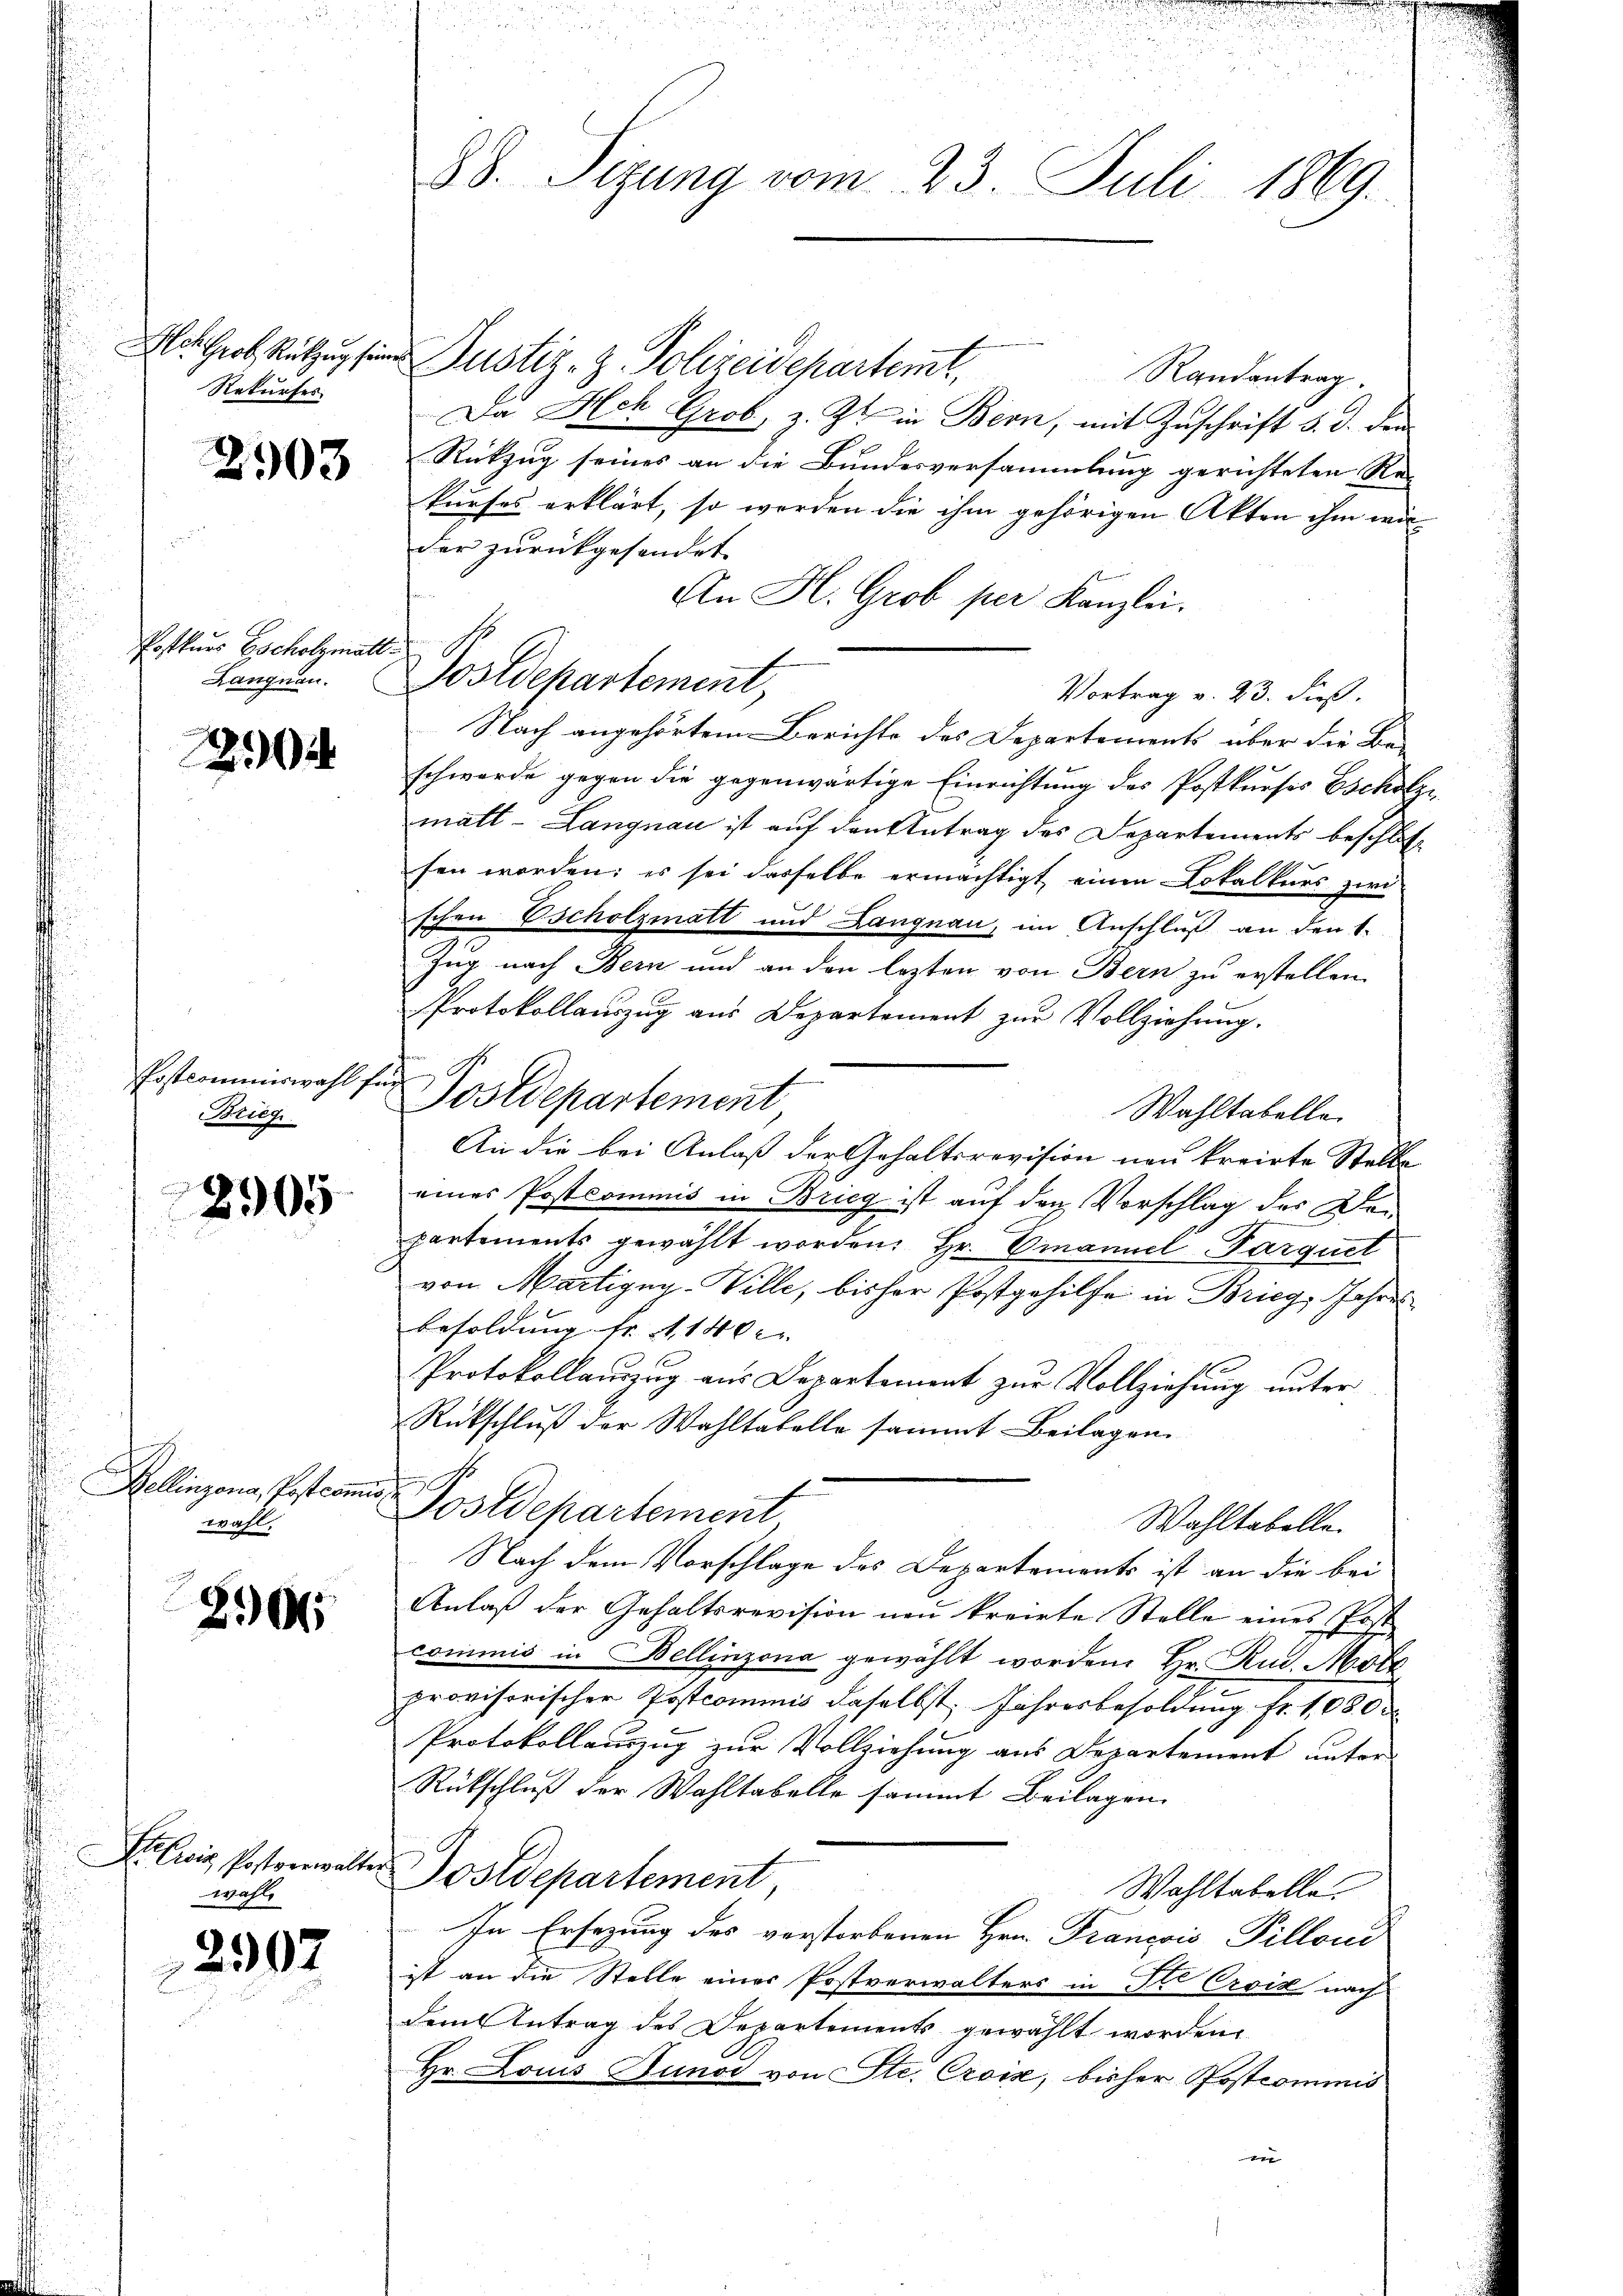
Rekurses

2903

Postkurs Escholzmatt.

2

Postcommiswahl für
rig

2905

.
Bellinzona, Postcom
wahl,

n
290

wahl

2907

Hlots Grob, Rützung sein Justiz-Z. Polizeidepartemt,
Randantrag.
Da Hech Grob, z. Zt. in Bern, mit Zuschrift d. d. den
Rükzug seines an die Bundesversammlung gerichteten Re-
kurfes erklärt, so werden die ihm gehörigen Akten ihm wirder zurückgesendet.
An H. Grob per Kanzlei.
Vortrag v. 23. Fuß.
Nach angehörtem Berichte des Departements über die Be-
schwerde gegen die gegenwärtige Einrichtung des Postkurses Escholze
matt - Langnau ist auf den Antrag des Departements beschlosse
sen worden; es sei dasselbe ermächtigt, einen Lokalkurs zwi
schon Escholzmatt und Langnau, im Anschluß an den 1.
Zug nach Bern und an den lezten von Bern zu erstellen.
Protokollauszug aus Departement zŭr Vollziehung.
Postdepartement
Wahltabelle.
An die bei Anlaß der Gehaltsrevision neu kreirte Stelle
eines Postkommnis in Brieg ist auf den Vorschlag des Departements gewählt worden. Hr. Emanuel Parquel
von Martigny-Wille, bisher Postgehilfe in Brieg, Jahre
Besoldung Fr. 140.
Protokollauszug aus Departement zur Vollziehung unter
Rückschluß der Wahltabelle sammt Beilagen.
u
Postdepartement
Wahltabelle.
Nach dem Vorschlage des Departements ist an die bei
Anlaß der Gehaltsrevision neu kreirte Stelle eines Post
commis in Bellinzona gewählt worden. Hr. Rud. Mott
provisorischer Postcommis daselbst, Jahresbesoldung Fr. 1080
Protokollauszug zur Vollziehung aus Departement unter
Rückschluß der Wahltabelle sammt Beilagen.
Preis Postverwalter Postdepartement
Wohltabelle
In Ersezung des verstorbenen Hrn. Francois Pilloni
ist an die Stelle einer Postverwalters in Ite Ersiz nach
dem Antrag des Departements gewählt worden.
Hr. Louis Junod von Ste. Croix, bisher Postcommis
e

88. Sizung vom 23. Juli 1869.

Langnen. Dostdepartement,